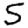
Digit: 5